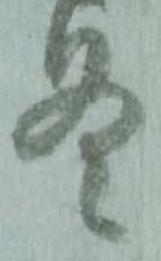
冬